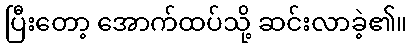
ပြီးတော့ အောက်ထပ်သို့ ဆင်းလာခဲ့၏။